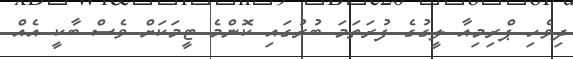
ދިވެހި ޕްރިމިއާ ލީގުގެ ފުރަތަމަ ބުރުގައި ކޮންމެ ޓީމަކަށް ވެސް ބާކީ އެއް